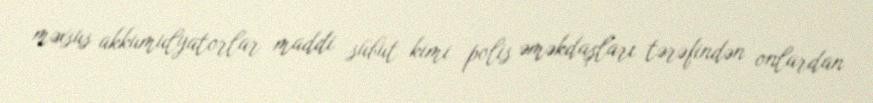
məxsus akkumulyatorlar maddi sübut kimi polis əməkdaşları tərəfindən onlardan